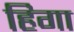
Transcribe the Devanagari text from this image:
हिगा